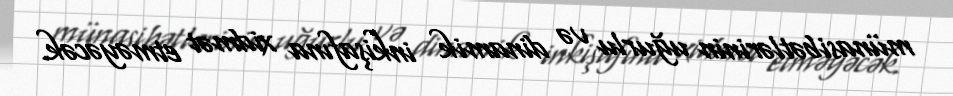
münasibətlərinin uğurlu və dinamik inkişafına xidmət etməyəcək.